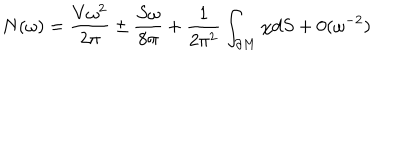
LaTeX: N ( \omega ) = \frac { V \omega ^ { 2 } } { 2 \pi } \pm \frac { S \omega } { 8 \pi } + \frac 1 { 2 \pi ^ { 2 } } \int _ { \partial M } \chi d S + 0 ( \omega ^ { - 2 } )